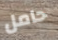
حامل